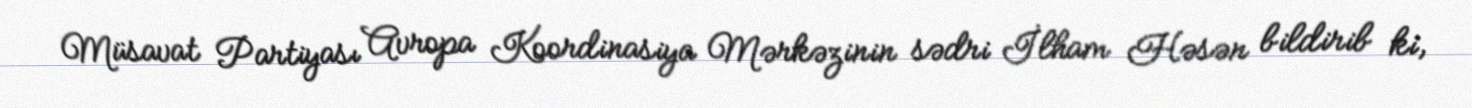
Müsavat Partiyası Avropa Koordinasiya Mərkəzinin sədri İlham Həsən bildirib ki,